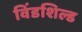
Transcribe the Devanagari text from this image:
विंडशिल्ड